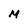
Character: M